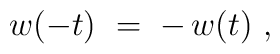
w(-t)~= \; - \, w(t)~,